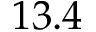
1 3 . 4